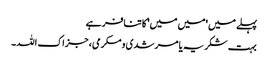
پہلے میں 'میں میں' کا تنافر ہے
بہت شکریہ یا مرشدی و مکرمی، جزاک اللہ۔